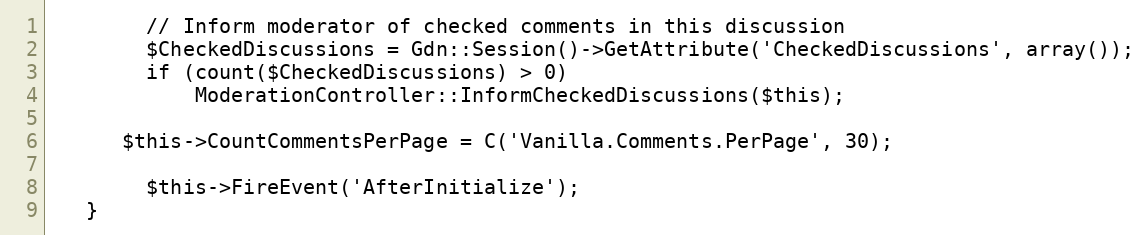
Language: PHP
		// Inform moderator of checked comments in this discussion
		$CheckedDiscussions = Gdn::Session()->GetAttribute('CheckedDiscussions', array());
		if (count($CheckedDiscussions) > 0)
			ModerationController::InformCheckedDiscussions($this);

      $this->CountCommentsPerPage = C('Vanilla.Comments.PerPage', 30);

		$this->FireEvent('AfterInitialize');
   }